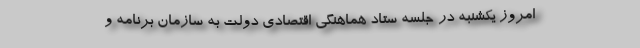
امروز یکشنبه در جلسه ستاد هماهنگی اقتصادی دولت به سازمان برنامه و